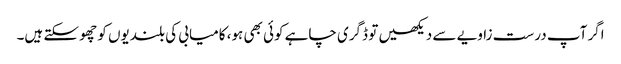
اگر آپ درست زاویے سے دیکھیں تو ڈگری چاہے کوئی بھی ہو، کامیابی کی بلندیوں کو چھو سکتے ہیں۔